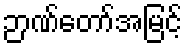
ဉာဏ်တော်အမြင့်